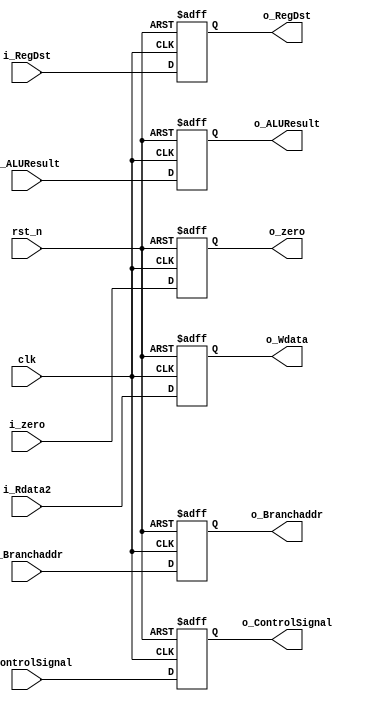
module EX_MEM(
    input clk, rst_n,
    input [4:0] i_ControlSignal,
    // 8-7 : ALUOp, 6: ALUSrc, 5: RegDst / 4: Branch, 3: MemRead, 2: MemWrite / 1: RegWrite, 0: MemtoReg
    input i_zero,
    input [31:0] i_Branchaddr, i_ALUResult, i_Rdata2,
    input [4:0] i_RegDst,
    output reg [4:0] o_ControlSignal,
    output reg o_zero,
    output reg [31:0] o_Branchaddr, o_ALUResult, o_Wdata,
    output reg [4:0] o_RegDst
);

always @(posedge clk, negedge rst_n) begin
if (!rst_n)
    {o_ControlSignal, o_zero, o_Branchaddr, o_ALUResult, o_Wdata, o_RegDst} <= 107'b0;
else
    {o_ControlSignal, o_zero, o_Branchaddr, o_ALUResult, o_Wdata, o_RegDst} 
    <= {i_ControlSignal, i_zero, i_Branchaddr, i_ALUResult, i_Rdata2, i_RegDst};
end
endmodule